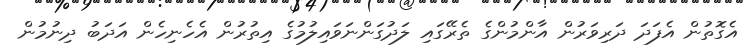
އެގޮތުން އެފަދަ ދަރިވަރުން އާންމުންގެ ތެރޭގައި ލަދުގަންނަވައިލުމުގެ އިތުރުން އެހެނިހެން އަދަބު ދިނުމުން